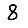
Digit: 8